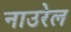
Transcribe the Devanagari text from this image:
नाउरेल